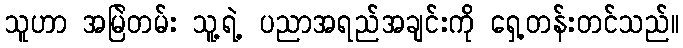
သူဟာ အမြဲတမ်း သူ့ရဲ့ ပညာအရည်အချင်းကို ရှေ့တန်းတင်သည်။